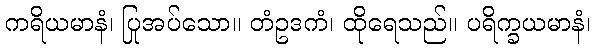
ကရိယမာနံ၊ ပြုအပ်သော။ တံဥဒကံ၊ ထိုရေသည်။ ပရိက္ခယမာနံ၊